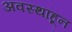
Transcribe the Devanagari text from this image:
अवस्थांहून